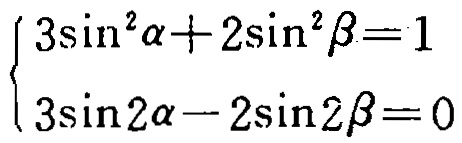
$\begin{cases}

3\sin^{2}\alpha + 2\sin^{2}\beta = 1\\

3\sin2\alpha - 2\sin2\beta = 0

\end{cases}$